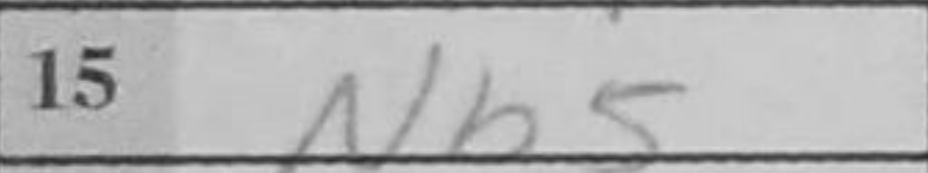
Transcription: Nb5